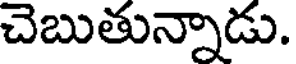
చెబుతున్నాడు.